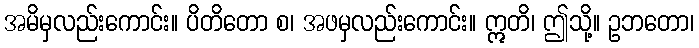
အမိမှလည်းကောင်း။ ပိတိတော စ၊ အဖမှလည်းကောင်း။ ဣတိ၊ ဤသို့။ ဥဘတော၊